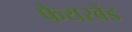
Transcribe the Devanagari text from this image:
फेयरबेंड